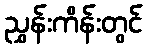
ညွှန်းကိန်းတွင်